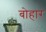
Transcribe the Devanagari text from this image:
बोहार